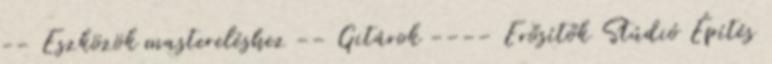
-- Eszközök mastereléshez -- Gitárok ---- Erősítők Stúdió Építés